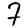
Digit: 7